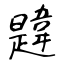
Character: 韙